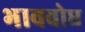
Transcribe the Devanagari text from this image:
भाववोध